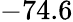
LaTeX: -74.6